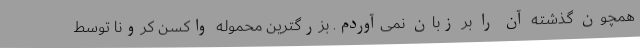
همچون گذشته آن را بر زبان نمی‌آوردم. بزرگترین محموله واکسن کرونا توسط